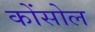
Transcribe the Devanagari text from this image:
कोंसोल